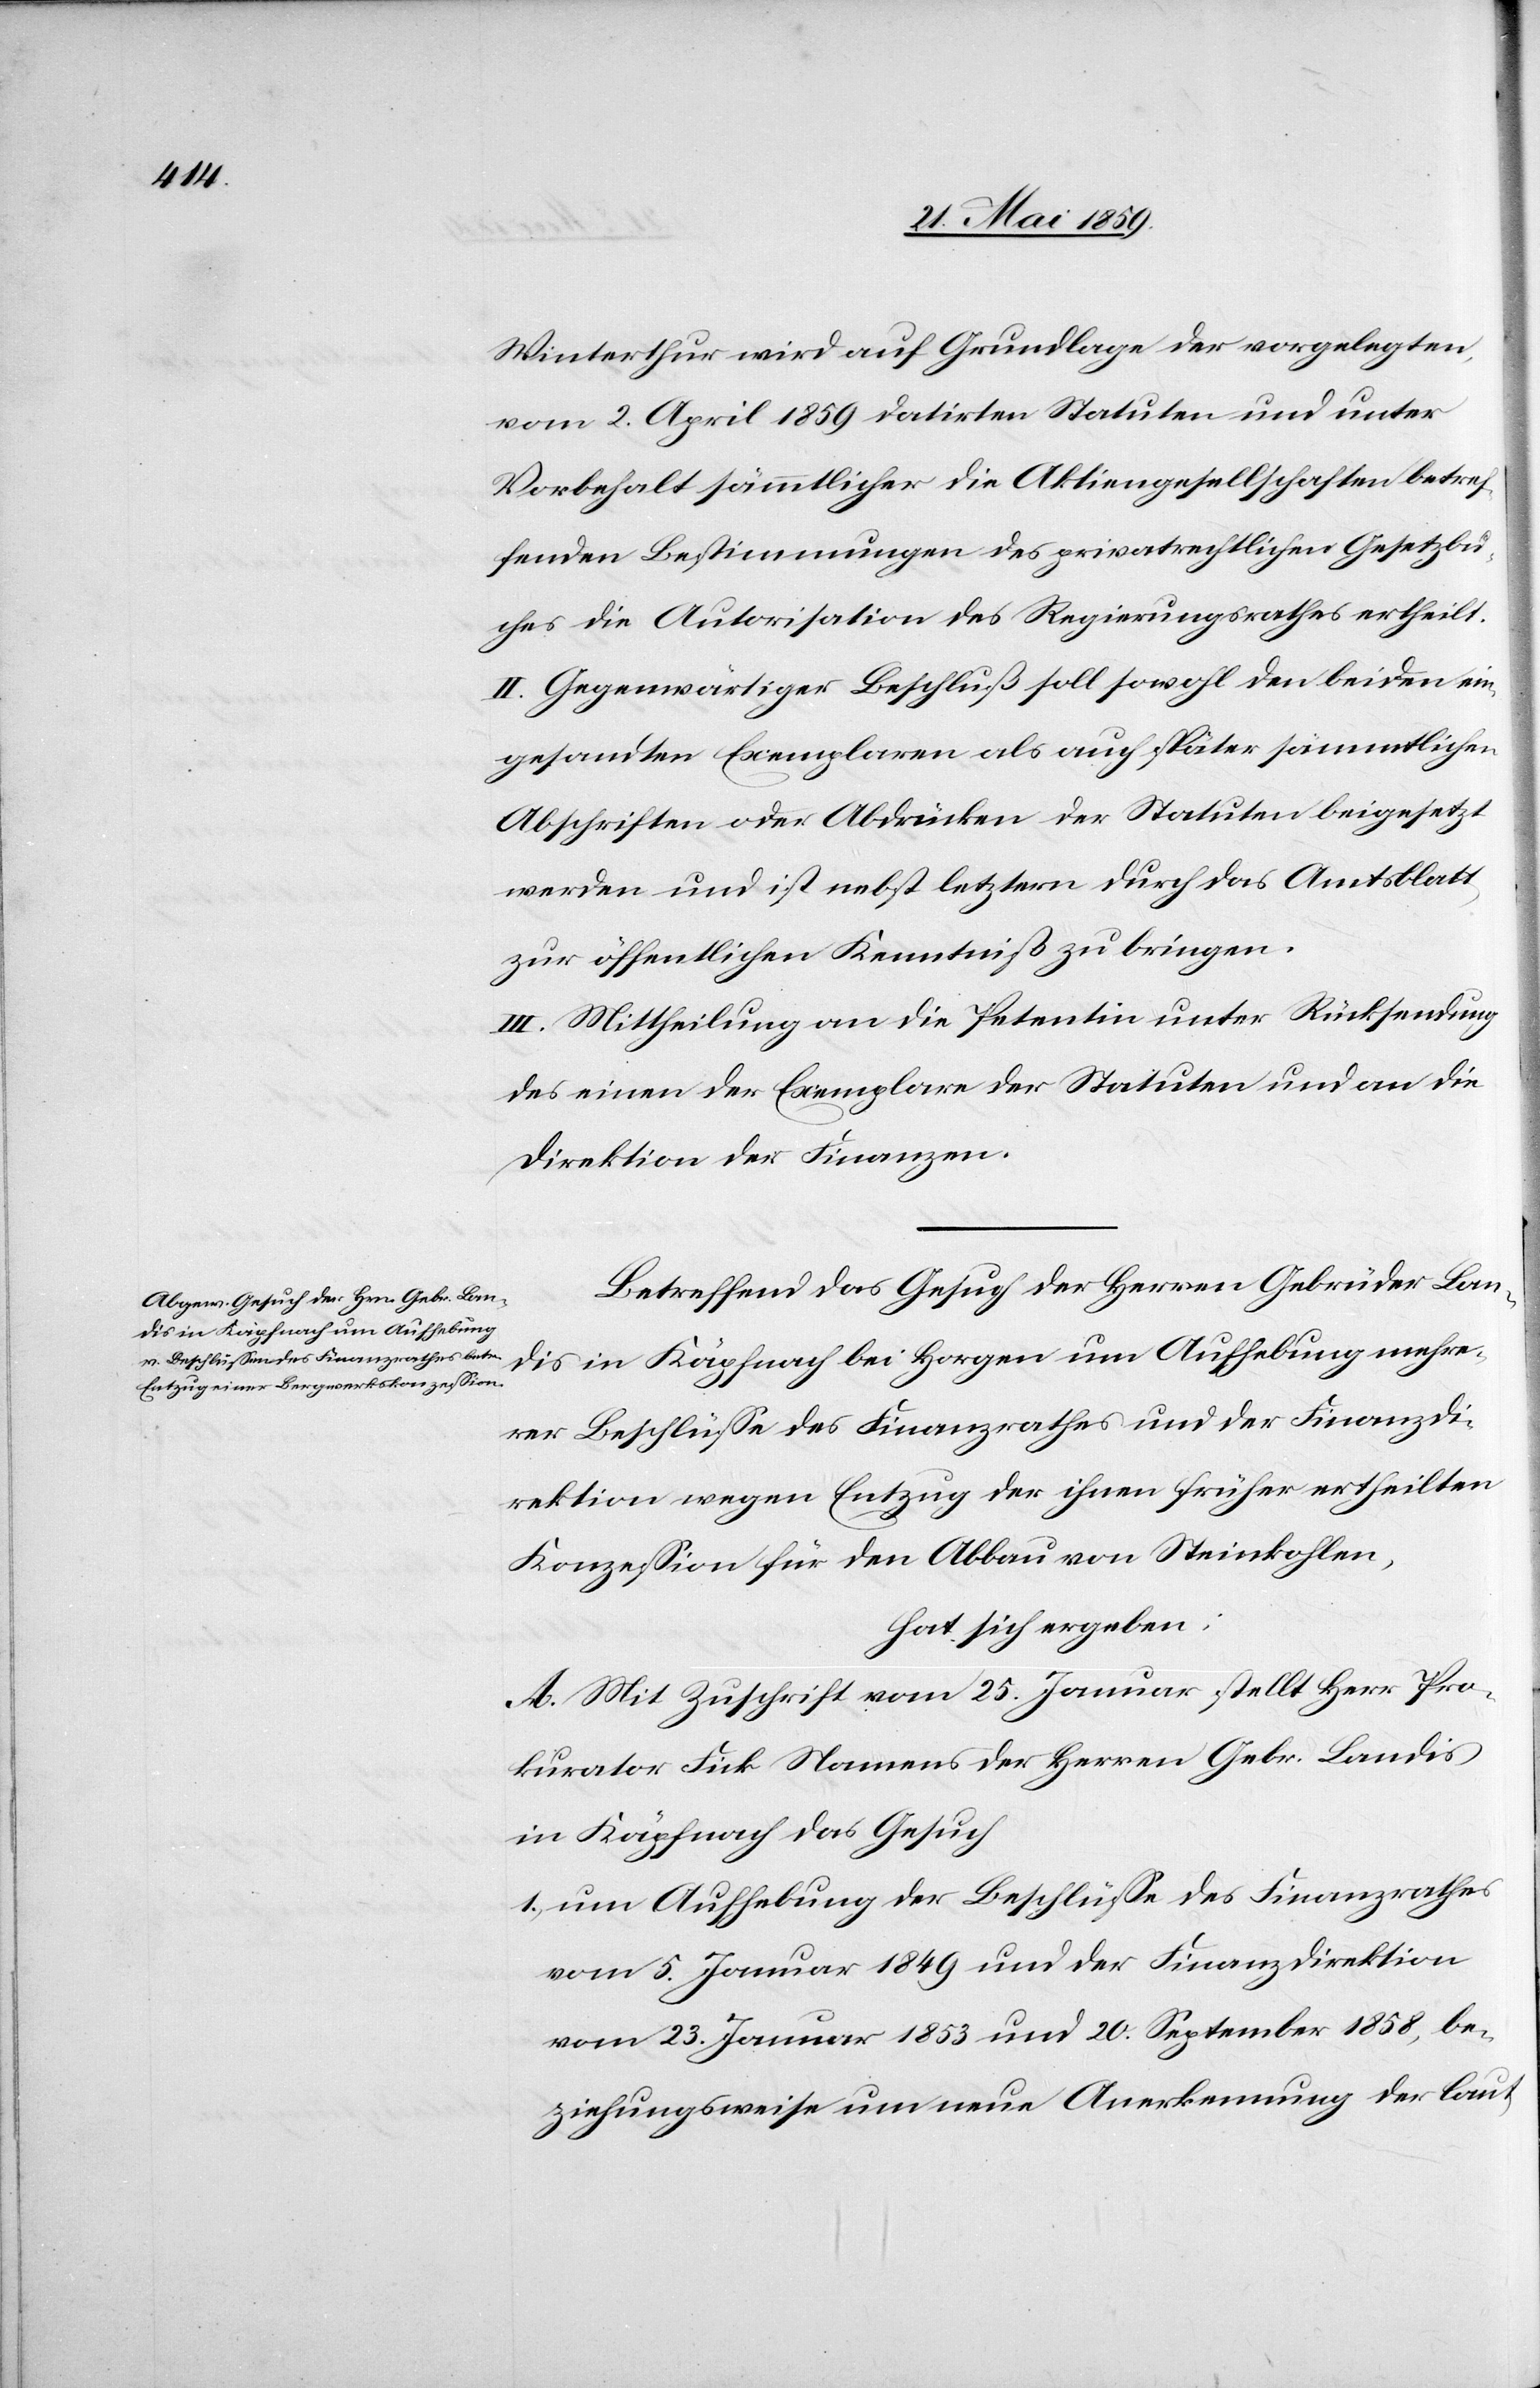
Winterthur wird auf Grundlage der vorgelegten,
vom 2. April 1859 datirten Statuten und unter
Vorbehalt sämmtlicher die Aktiengesellschaften betref¬
fenden Bestimmungen des privatrechtlichen Gesetzbu¬
ches die Autorisation des Regierungsrathes ertheilt.
II. Gegenwärtiger Beschluß soll sowohl den beiden ein¬
gesandten Exemplaren als auch später sämmtlichen
Abschriften oder Abdrücken der Statuten beigesetzt
werden und ist nebst letztern durch das Amtsblatt
zur öffentlichen Kenntniß zu bringen.
III. Mittheilung an die Petentin unter Rücksendung
des einen der Exemplare der Statuten und an die
Direktion der Finanzen.
Betreffend das Gesuch der Herren Gebrüder Lan¬
dis in Käpfnach bei Horgen um Aufhebung mehre¬
rer Beschlüße des Finanzrathes und der Finanzdi¬
rektion wegen Entzug der ihnen früher ertheilten
Konzeßion für den Abbau von Steinkohlen,
hat sich ergeben:
A. Mit Zuschrift vom 25. Januar stellt Herr Pro¬
kurator Fick Namens der Herren Gebr. Landis
in Käpfnach das Gesuch
1) um Aufhebung der Beschlüße des Finanzrathes
vom 5. Januar 1849 und der Finanzdirektion
vom 23. Januar 1853 und 20. September 1858, be¬
ziehungsweise um neue Anerkennung der laut